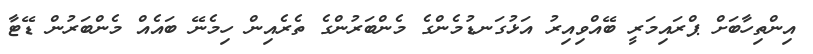
އިންތިހާބަށް ޕްރައިމަރީ ބޭއްވިއިރު އަޅުގަނޑުމެންގެ މެންބަރުންގެ ތެރެއިން ހިމެނޭ ބައެއް މެންބަރުން ޑޭޓާ